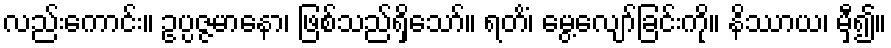
လည်းကောင်း။ ဥပ္ပဇ္ဇမာနော၊ ဖြစ်သည်ရှိသော်။ ရတိံ၊ မွေ့လျော်ခြင်းကို။ နိဿာယ၊ မှီ၍။